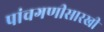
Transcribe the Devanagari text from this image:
पांचगणीसारखी